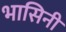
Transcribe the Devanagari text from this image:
भासिनी